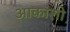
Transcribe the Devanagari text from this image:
आकांशी